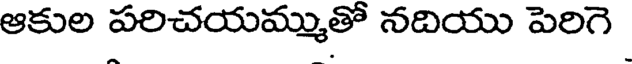
ఆకుల పరిచయమ్ముతో నదియు పెరిగె